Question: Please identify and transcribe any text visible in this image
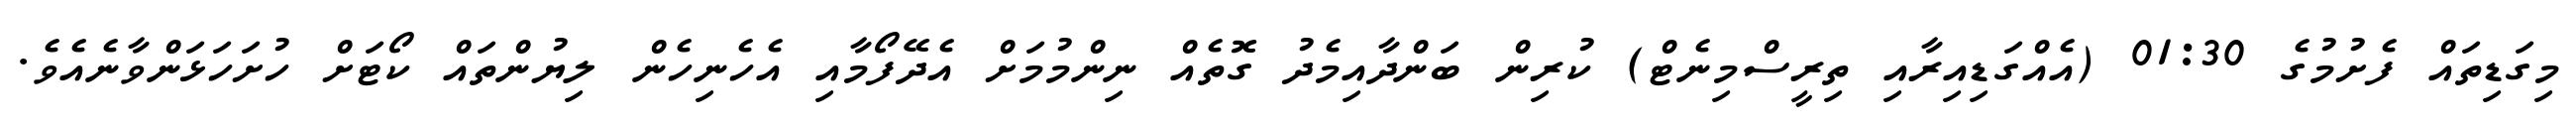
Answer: މިގަޑިތައް ފެށުމުގެ 01:30 (އެއްގަޑިއިރާއި ތިރީސްމިނެޓް) ކުރިން ބަންދާއިމެދު ގޮތެއް ނިންމުމަށް އެދޭފޯމާއި އެހެނިހެން ލިޔުންތައް ކޯޓަށް ހުށަހަޅަންވާނެއެވެ.